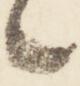
々